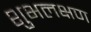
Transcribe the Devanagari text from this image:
शुभलक्षण